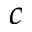
c